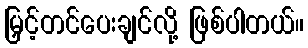
မြှင့်တင်ပေးချင်လို့ ဖြစ်ပါတယ်။